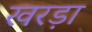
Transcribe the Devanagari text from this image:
खरड़ा